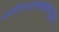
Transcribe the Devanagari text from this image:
संगीतनाटककंपन्यांचा